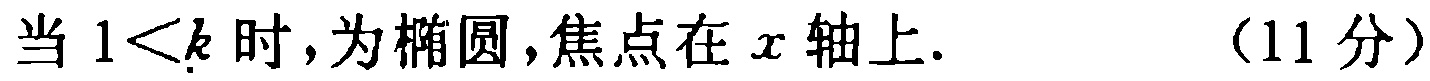
当 \(1<k\) 时,为椭圆,焦点在 \(x\) 轴上. （11分）